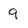
Character: 9